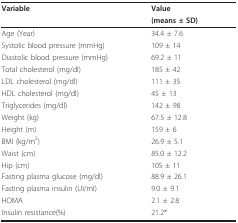
<table><thead><tr><td><b>Variable</b></td><td><b>Value</b></td></tr><tr><td></td><td><b>(means ± SD)</b></td></tr></thead><tbody><tr><td>Age (Year)</td><td>34.4 ± 7.6</td></tr><tr><td>Systolic blood pressure (mmHg)</td><td>109 ± 14</td></tr><tr><td>Diastolic blood pressure (mmHg)</td><td>69.2 ± 11</td></tr><tr><td>Total cholesterol (mg/dl)</td><td>185 ± 42</td></tr><tr><td>LDL cholesterol (mg/dl)</td><td>111 ± 35</td></tr><tr><td>HDL cholesterol (mg/dl)</td><td>45 ± 13</td></tr><tr><td>Triglycerides (mg/dl)</td><td>142 ± 98</td></tr><tr><td>Weight (kg)</td><td>67.5 ± 12.8</td></tr><tr><td>Height (m)</td><td>159 ± 6</td></tr><tr><td>BMI (kg/m<sup>2</sup>)</td><td>26.9 ± 5.1</td></tr><tr><td>Waist (cm)</td><td>85.0 ± 12.2</td></tr><tr><td>Hip (cm)</td><td>105 ± 11</td></tr><tr><td>Fasting plasma glucose (mg/dl)</td><td>88.9 ± 26.1</td></tr><tr><td>Fasting plasma insulin (UI/ml)</td><td>9.0 ± 9.1</td></tr><tr><td>HOMA</td><td>2.1 ± 2.8</td></tr><tr><td>Insulin resistance(%)</td><td>21.2*</td></tr></tbody></table>